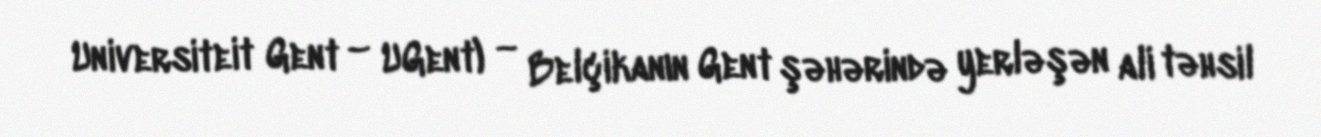
Universiteit Gent – UGent) — Belçikanın Gent şəhərində yerləşən ali təhsil